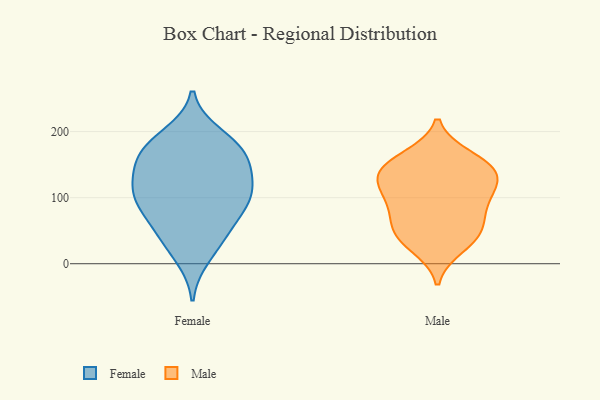
{"axis": {"x": "Population (Million)", "y": "Value"}, "legend": ["Female", "Male"], "data": [{"x": "", "y": 195, "type": "Female"}, {"x": "", "y": 44, "type": "Female"}, {"x": "", "y": 98, "type": "Female"}, {"x": "", "y": 125, "type": "Female"}, {"x": "", "y": 183, "type": "Female"}, {"x": "", "y": 111, "type": "Female"}, {"x": "", "y": 88, "type": "Female"}, {"x": "", "y": 144, "type": "Female"}, {"x": "", "y": 38, "type": "Female"}, {"x": "", "y": 63, "type": "Female"}, {"x": "", "y": 163, "type": "Female"}, {"x": "", "y": 94, "type": "Female"}, {"x": "", "y": 140, "type": "Female"}, {"x": "", "y": 101, "type": "Female"}, {"x": "", "y": 174, "type": "Female"}, {"x": "", "y": 10, "type": "Female"}, {"x": "", "y": 168, "type": "Female"}, {"x": "", "y": 138, "type": "Male"}, {"x": "", "y": 158, "type": "Male"}, {"x": "", "y": 114, "type": "Male"}, {"x": "", "y": 162, "type": "Male"}, {"x": "", "y": 89, "type": "Male"}, {"x": "", "y": 132, "type": "Male"}, {"x": "", "y": 137, "type": "Male"}, {"x": "", "y": 60, "type": "Male"}, {"x": "", "y": 141, "type": "Male"}, {"x": "", "y": 39, "type": "Male"}, {"x": "", "y": 25, "type": "Male"}, {"x": "", "y": 91, "type": "Male"}, {"x": "", "y": 41, "type": "Male"}, {"x": "", "y": 106, "type": "Male"}, {"x": "", "y": 60, "type": "Male"}]}